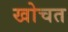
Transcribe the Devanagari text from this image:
खोचत